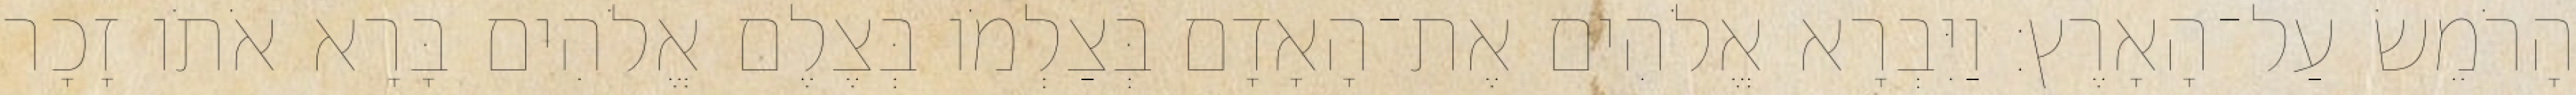
הָרֹמֵשׂ עַל־הָאָרֶץ׃ וַיִּבְרָא אֱלֹהִים אֶת־הָאָדָם בְּצַלְמֹו בְּצֶלֶם אֱלֹהִים בָּרָא אֹתֹו זָכָר